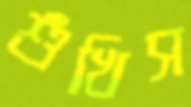
শুঁখিস